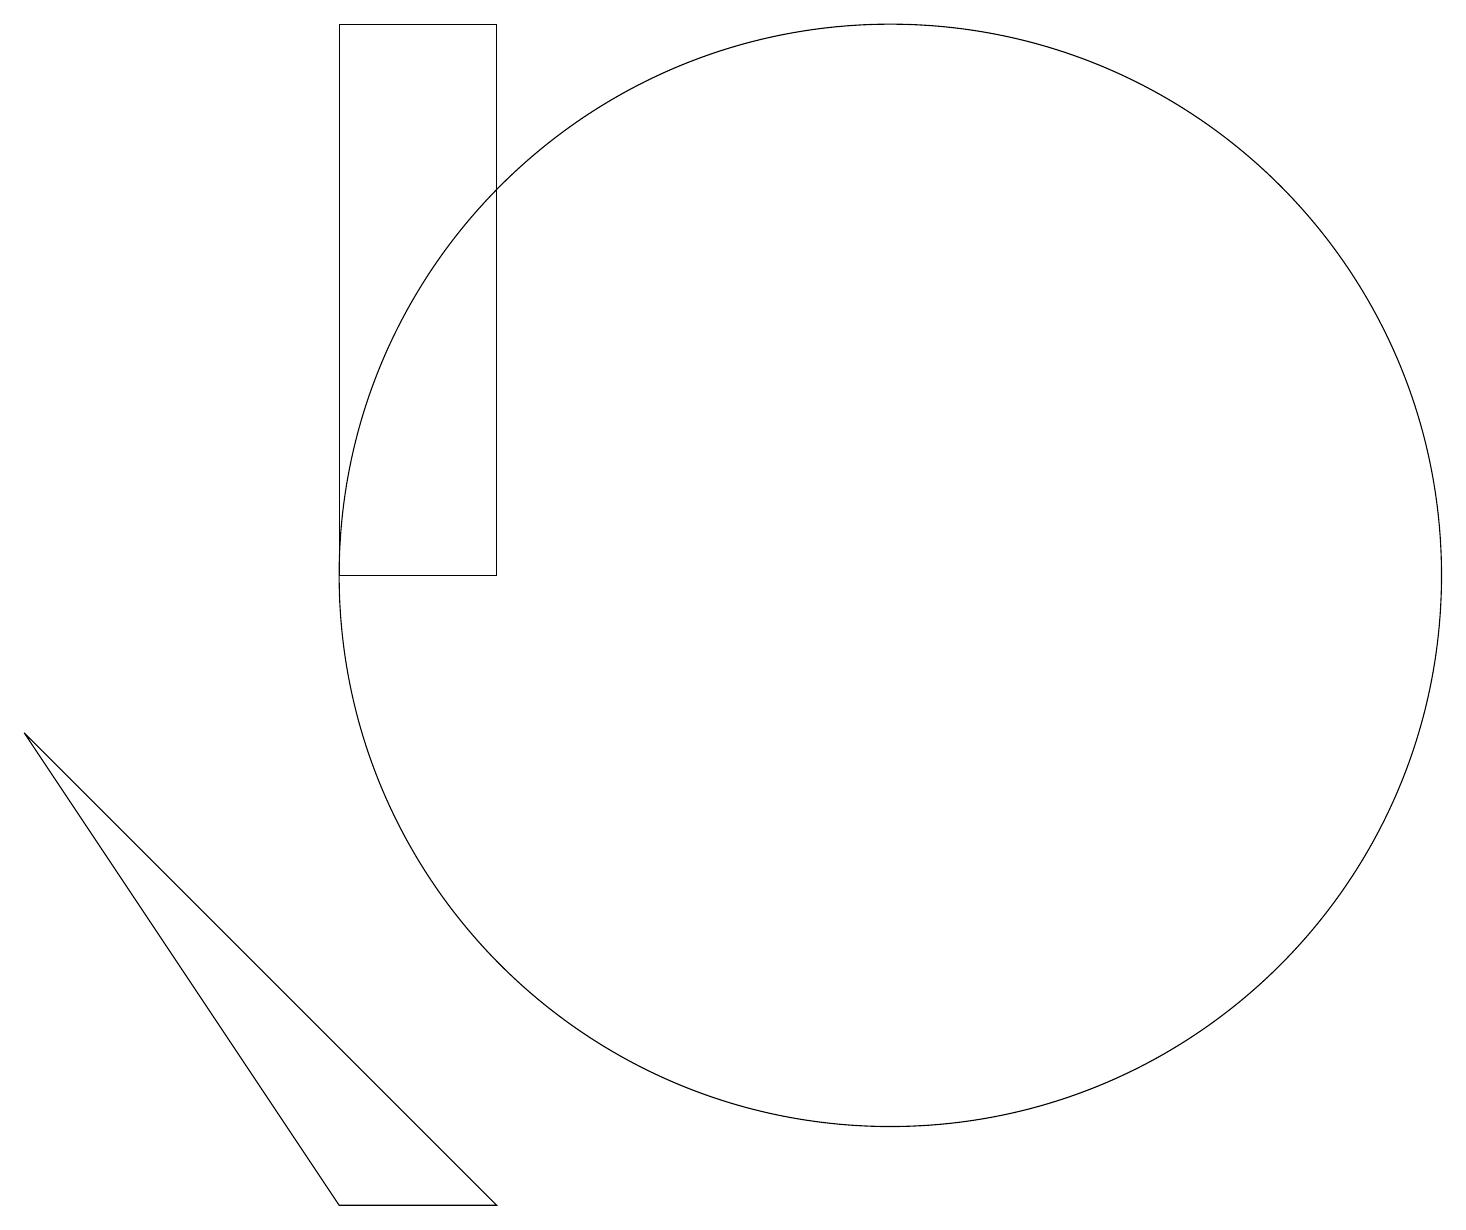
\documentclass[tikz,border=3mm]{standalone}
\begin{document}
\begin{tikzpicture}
\draw (12,10) circle (7);
\draw (7,2) -- (1,8) -- (5,2) -- cycle;
\draw (7,17) rectangle (5,10);
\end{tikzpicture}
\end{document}